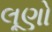
લૂણો